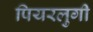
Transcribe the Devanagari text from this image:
पियरलुगी